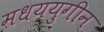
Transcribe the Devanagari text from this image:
मधययुगीन